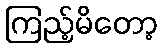
ကြည့်မိတော့